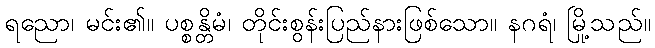
ရညော၊ မင်း၏။ ပစ္စန္တိမံ၊ တိုင်းစွန်းပြည်နားဖြစ်သော။ နဂရံ၊ မြို့သည်။